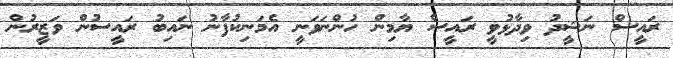
ރައީސް ނަޝީދު ވިދާޅުވީ ރައީސް ޔާމިން ހުންނަވަނީ އެމަނިކުފާނު ނައިބު ރައީސުން ވަޒީރުން